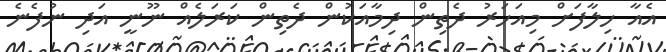
އެއާ ހިލާފަށް މިއަހަރު ދެތިން ދިމާއަކުން ދެތިން ކަރަލެއް ނޫނީ އަދި ނުފެނެ